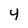
Character: 4